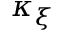
\kappa _ { \xi }